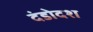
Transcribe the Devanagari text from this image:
दंडोदश